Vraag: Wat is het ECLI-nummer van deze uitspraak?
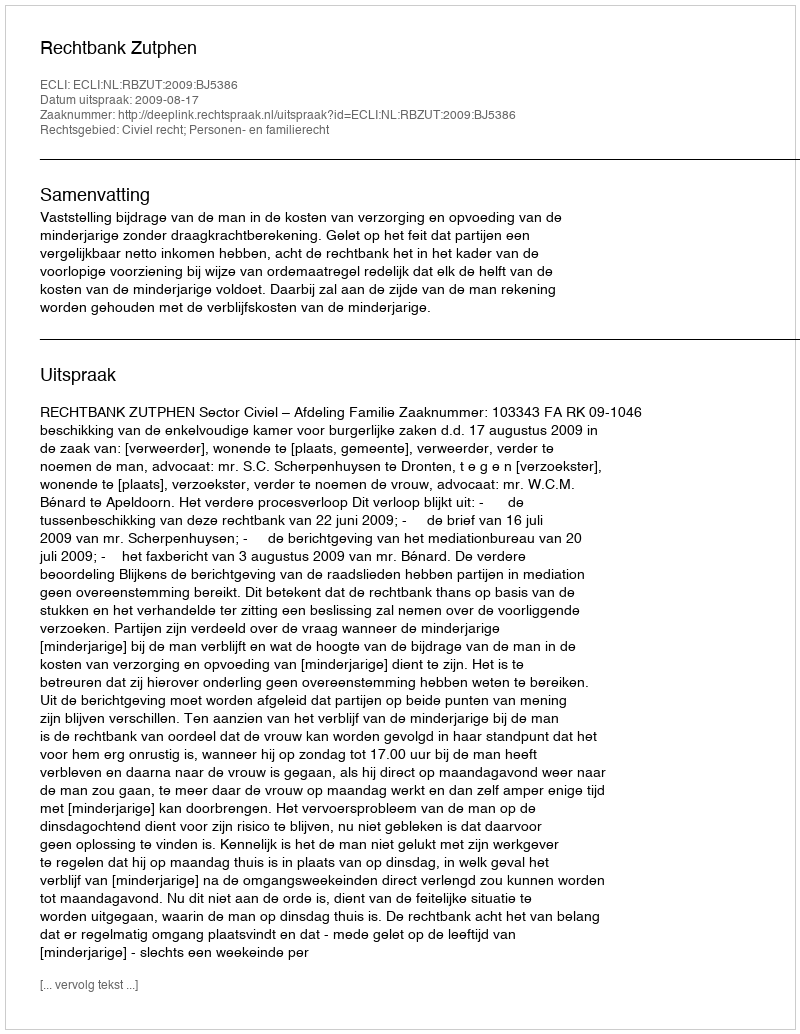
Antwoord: ECLI:NL:RBZUT:2009:BJ5386